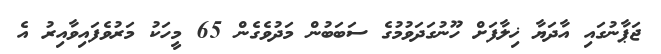
ޖަޕާނުގައި އާދަޔާ ޚިލާފަށް ހޫނުގަދަވުމުގެ ސަބަބުން މަދުވެގެން 65 މީހަކު މަރުވެފައިވާއިރު އެ